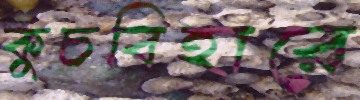
কুচবিহারে